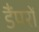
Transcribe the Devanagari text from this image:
डैंपरों